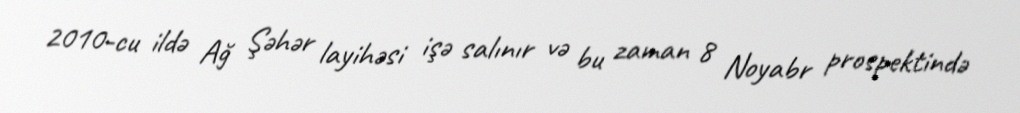
2010-cu ildə Ağ Şəhər layihəsi işə salınır və bu zaman 8 Noyabr prospektində